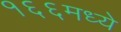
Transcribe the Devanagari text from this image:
१६६मध्ये